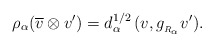
\begin{align*}\rho_\alpha(\overline{v}\otimes v')= d_\alpha^{1/2}\,(v,g_{_{R_\alpha}} v').\end{align*}